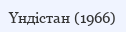
Үндістан (1966)